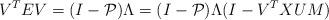
LaTeX: \begin{align*} V^T E V = (I-\mathcal{P})\Lambda = (I-\mathcal{P})\Lambda (I-V^TXUM)\end{align*}